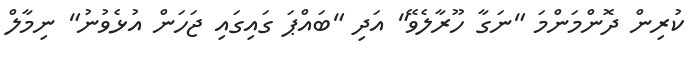
ކުރިން ދޮންމަންމަ "ނަގާ ހޫރާލެވޭ" އަދި "ބައްޕަ ގައިގައި ޖަހަން އުޅެވުނު" ނިމާލް